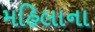
મહિલાના